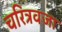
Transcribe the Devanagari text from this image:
चरित्रवजा